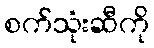
စက်သုံးဆီကို